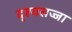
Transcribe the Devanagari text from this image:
दृश्यसज्जा